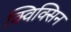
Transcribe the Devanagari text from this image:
क्विक्सिन